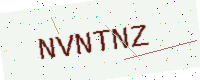
Text: NVNTNZ